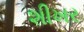
શીખર